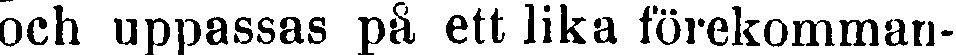
och uppassas på ett lika förekomman-